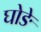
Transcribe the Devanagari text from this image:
घोङे